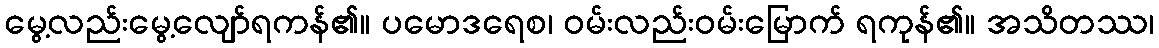
မွေ့လည်းမွေ့လျော်ရကန်၏။ ပမောဒရေစ၊ ဝမ်းလည်းဝမ်းမြောက် ရကုန်၏။ အသိတဿ၊